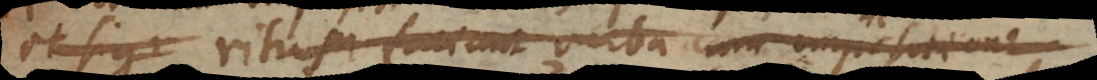
et sign ritum faciunt verba cum impositione